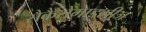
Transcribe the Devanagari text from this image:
सैकैरोमाइसीज